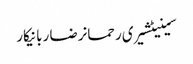
سینیٹشیری رحمانرضا ربانیکار